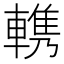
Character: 𰹠